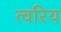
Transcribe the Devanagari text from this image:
त्वरिय